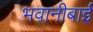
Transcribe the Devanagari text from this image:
भवानीबाई